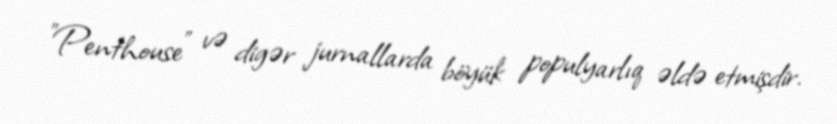
"Penthouse" və digər jurnallarda böyük populyarlıq əldə etmişdir.